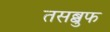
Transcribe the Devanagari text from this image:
तसब्बुफ